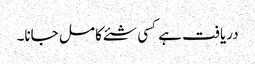
دریافت ہے کسی شئے کا مل جانا۔